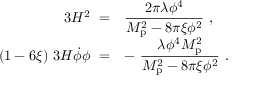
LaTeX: \begin{array} { r l } { { 3 H ^ { 2 } \ = } } & { { { \displaystyle { \frac { 2 \pi \lambda \phi ^ { 4 } } { M _ { \mathrm { p } } ^ { 2 } - 8 \pi \xi \phi ^ { 2 } } } \ , } } } \\ { { ( 1 - 6 \xi ) \ 3 H \dot { \phi } \phi \ = } } & { { { \displaystyle - \ { \frac { \lambda \phi ^ { 4 } M _ { \mathrm { p } } ^ { 2 } } { M _ { \mathrm { p } } ^ { 2 } - 8 \pi \xi \phi ^ { 2 } } } \ . } } } \end{array}